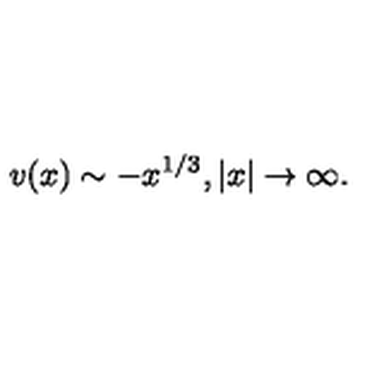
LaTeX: v ( x ) \sim - x ^ { 1 / 3 } , | x | \to \infty .